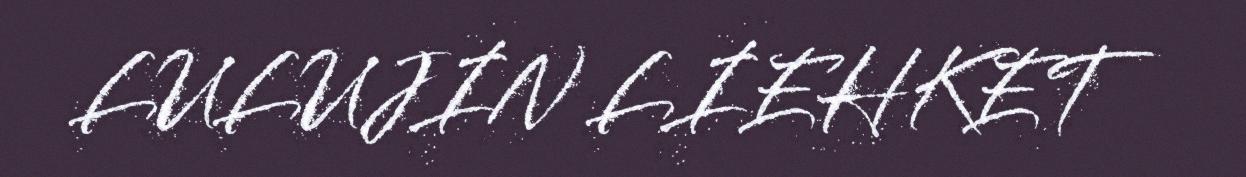
LULUJIN LIEHKET